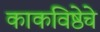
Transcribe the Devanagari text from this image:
काकविष्ठेचे